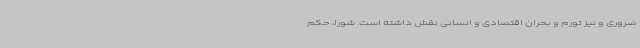
ضروری و نیز تورم و بحران اقتصادی و انسانی نقش داشته است. شورا، حکم